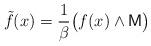
LaTeX: \begin{align*} \tilde{f}(x) = \frac{1}{\beta} \bigl( f(x) \wedge \mathsf{M} \bigr) \end{align*}